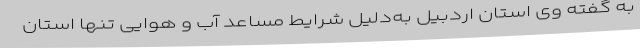
به گفته وی استان اردبیل به‌دلیل شرایط مساعد آب و هوایی تنها استان